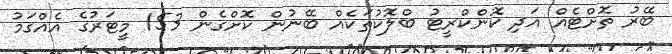
ބޭރު ތޮށްޓެއް އަދި ކޮންކްރީޓު ބްލޮކުތަކެއް ބޭނުން ކޮށްގެން 153 މީޓަރުގެ އެއްގަމު